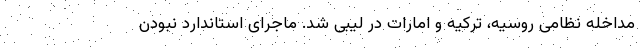
مداخله نظامی روسیه، ترکیه و امارات در لیبی شد. ماجرای استاندارد نبودن